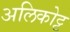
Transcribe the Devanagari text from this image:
अलिकोट्ट